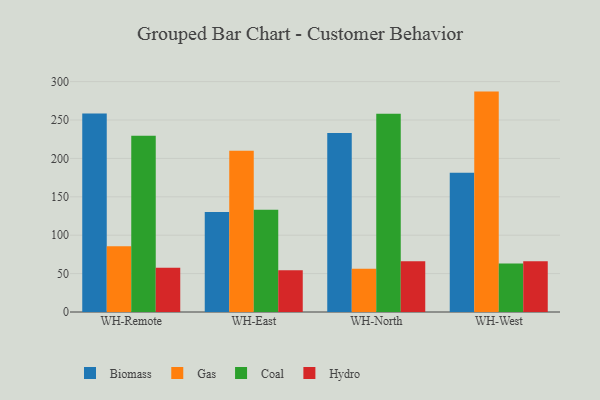
{"axis": {"x": "Warehouse", "y": "Budget (USD K)"}, "legend": ["Biomass", "Coal", "Gas", "Hydro"], "data": [{"x": "WH-Remote", "y": 258.5, "type": "Biomass"}, {"x": "WH-Remote", "y": 85.5, "type": "Gas"}, {"x": "WH-Remote", "y": 229.6, "type": "Coal"}, {"x": "WH-Remote", "y": 57.5, "type": "Hydro"}, {"x": "WH-East", "y": 130.1, "type": "Biomass"}, {"x": "WH-East", "y": 210.1, "type": "Gas"}, {"x": "WH-East", "y": 133.1, "type": "Coal"}, {"x": "WH-East", "y": 54.4, "type": "Hydro"}, {"x": "WH-North", "y": 233.2, "type": "Biomass"}, {"x": "WH-North", "y": 56.4, "type": "Gas"}, {"x": "WH-North", "y": 258.0, "type": "Coal"}, {"x": "WH-North", "y": 66.1, "type": "Hydro"}, {"x": "WH-West", "y": 181.4, "type": "Biomass"}, {"x": "WH-West", "y": 287.0, "type": "Gas"}, {"x": "WH-West", "y": 63.2, "type": "Coal"}, {"x": "WH-West", "y": 66.0, "type": "Hydro"}]}